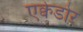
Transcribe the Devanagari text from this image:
एक्वेडोर